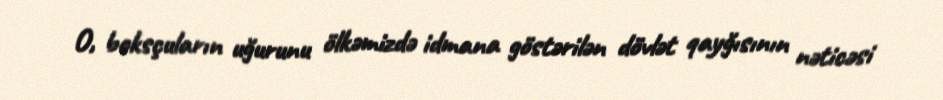
O, boksçuların uğurunu ölkəmizdə idmana göstərilən dövlət qayğısının nəticəsi